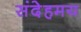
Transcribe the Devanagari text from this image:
संदेहमय